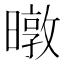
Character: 暾